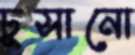
ঢুসানো